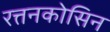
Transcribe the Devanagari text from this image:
रत्तनकोसिन